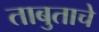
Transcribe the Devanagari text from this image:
ताबुताचे